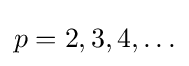
p=2,3,4,\ldots